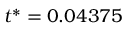
t ^ { * } = 0 . 0 4 3 7 5